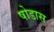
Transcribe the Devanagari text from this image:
षोडास